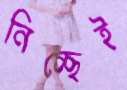
নিচ্ছেই